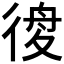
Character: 𢔃